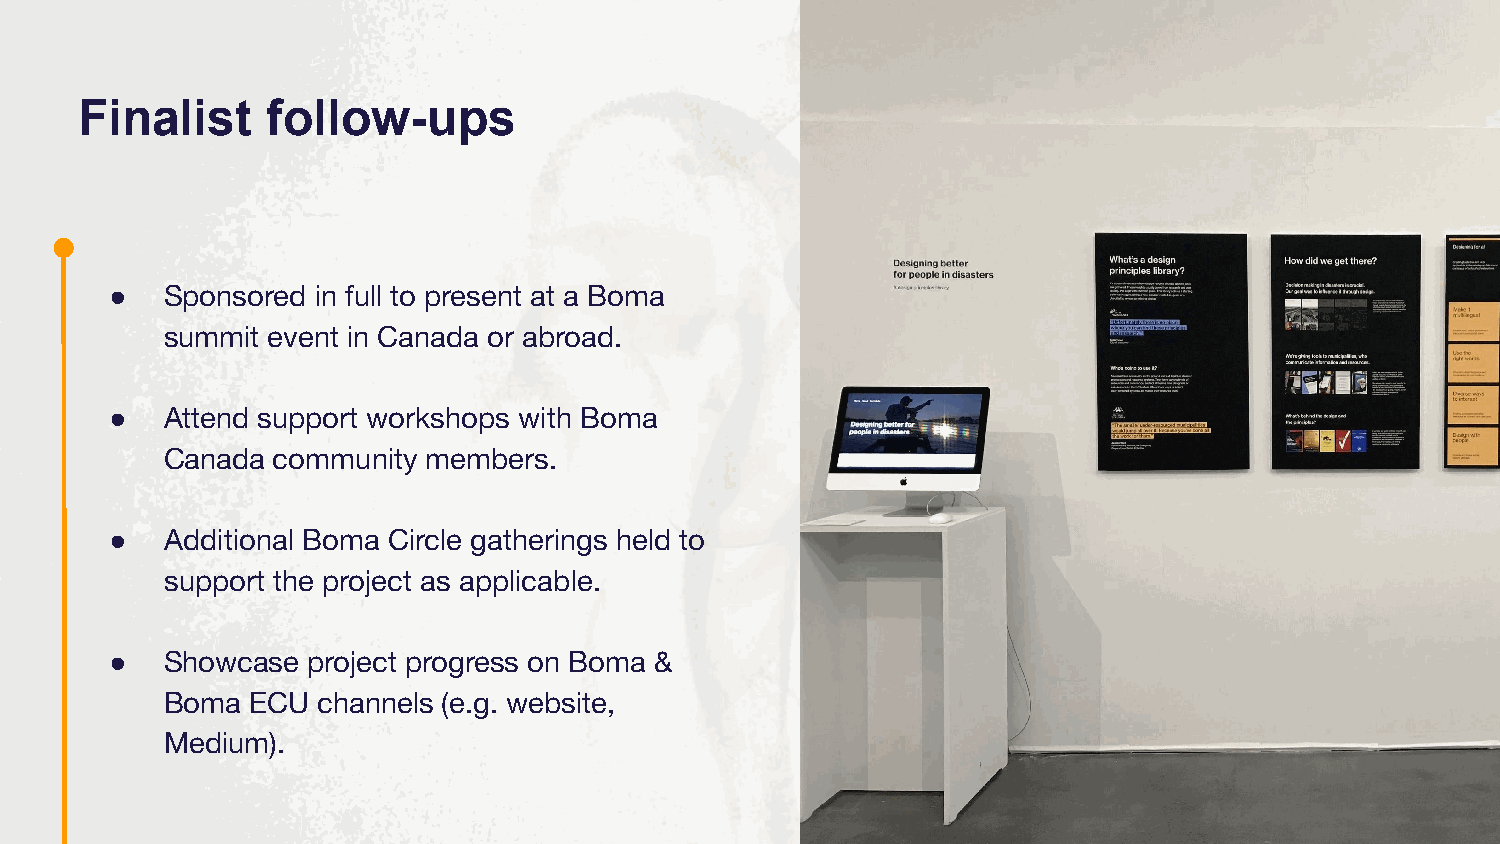
Finalist     follow-ups
 ●   Sponsored in full to present at a Boma
 summit event in Canada or abroad.
 ●   Attend support workshops with Boma
 Canada community members.
 ●   Additional Boma Circle gatherings held to
 support the project as applicable.
 ●   Showcase project progress on Boma &
 Boma  ECU channels (e.g. website,
 Medium).